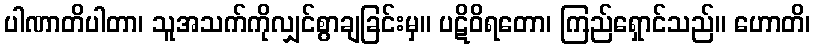
ပါဏာတိပါတာ၊ သူအသက်ကိုလျှင်စွာချခြင်းမှ။ ပဋိဝိရတော၊ ကြည်ရှောင်သည်။ ဟောတိ၊